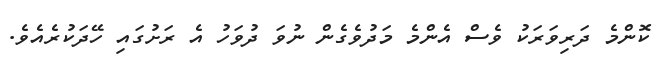
ކޮންމެ ދަރިވަރަކު ވެސް އެންމެ މަދުވެގެން ނުވަ ދުވަހު އެ ރަށުގައި ހޭދަކުރެއެވެ.